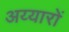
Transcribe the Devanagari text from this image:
अय्यारों